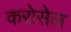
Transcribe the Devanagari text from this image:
करोसेल